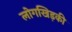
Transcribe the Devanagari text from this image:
लोगखिड़की